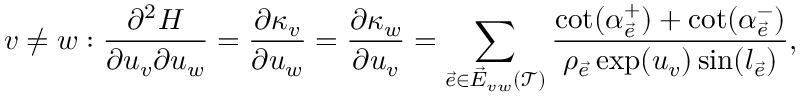
v \neq w : \frac { \partial ^ { 2 } H } { \partial u _ { v } \partial u _ { w } } = \frac { \partial \kappa _ { v } } { \partial u _ { w } } = \frac { \partial \kappa _ { w } } { \partial u _ { v } } = \sum _ { \vec { e } \in \vec { E } _ { v w } ( \mathcal T ) } \frac { \cot ( \alpha _ { \vec { e } } ^ { + } ) + \cot ( \alpha _ { \vec { e } } ^ { - } ) } { \rho _ { \vec { e } } \exp ( u _ { v } ) \sin ( l _ { \vec { e } } ) } ,